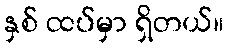
နှစ် ထပ်မှာ ရှိတယ်။